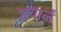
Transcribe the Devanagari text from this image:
इचार्लं